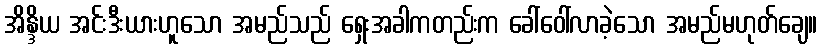
အိန္ဒိယ အင်းဒီးယားဟူသော အမည်သည် ရှေးအခါကတည်းက ခေါ်ဝေါ်လာခဲ့သော အမည်မဟုတ်ချေ။